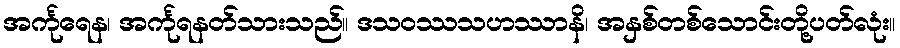
အင်္ကုရေန၊ အင်္ကုရနတ်သားသည်။ ဒသဝဿသဟဿာနိ၊ အနှစ်တစ်သောင်းတို့ပတ်လုံး။